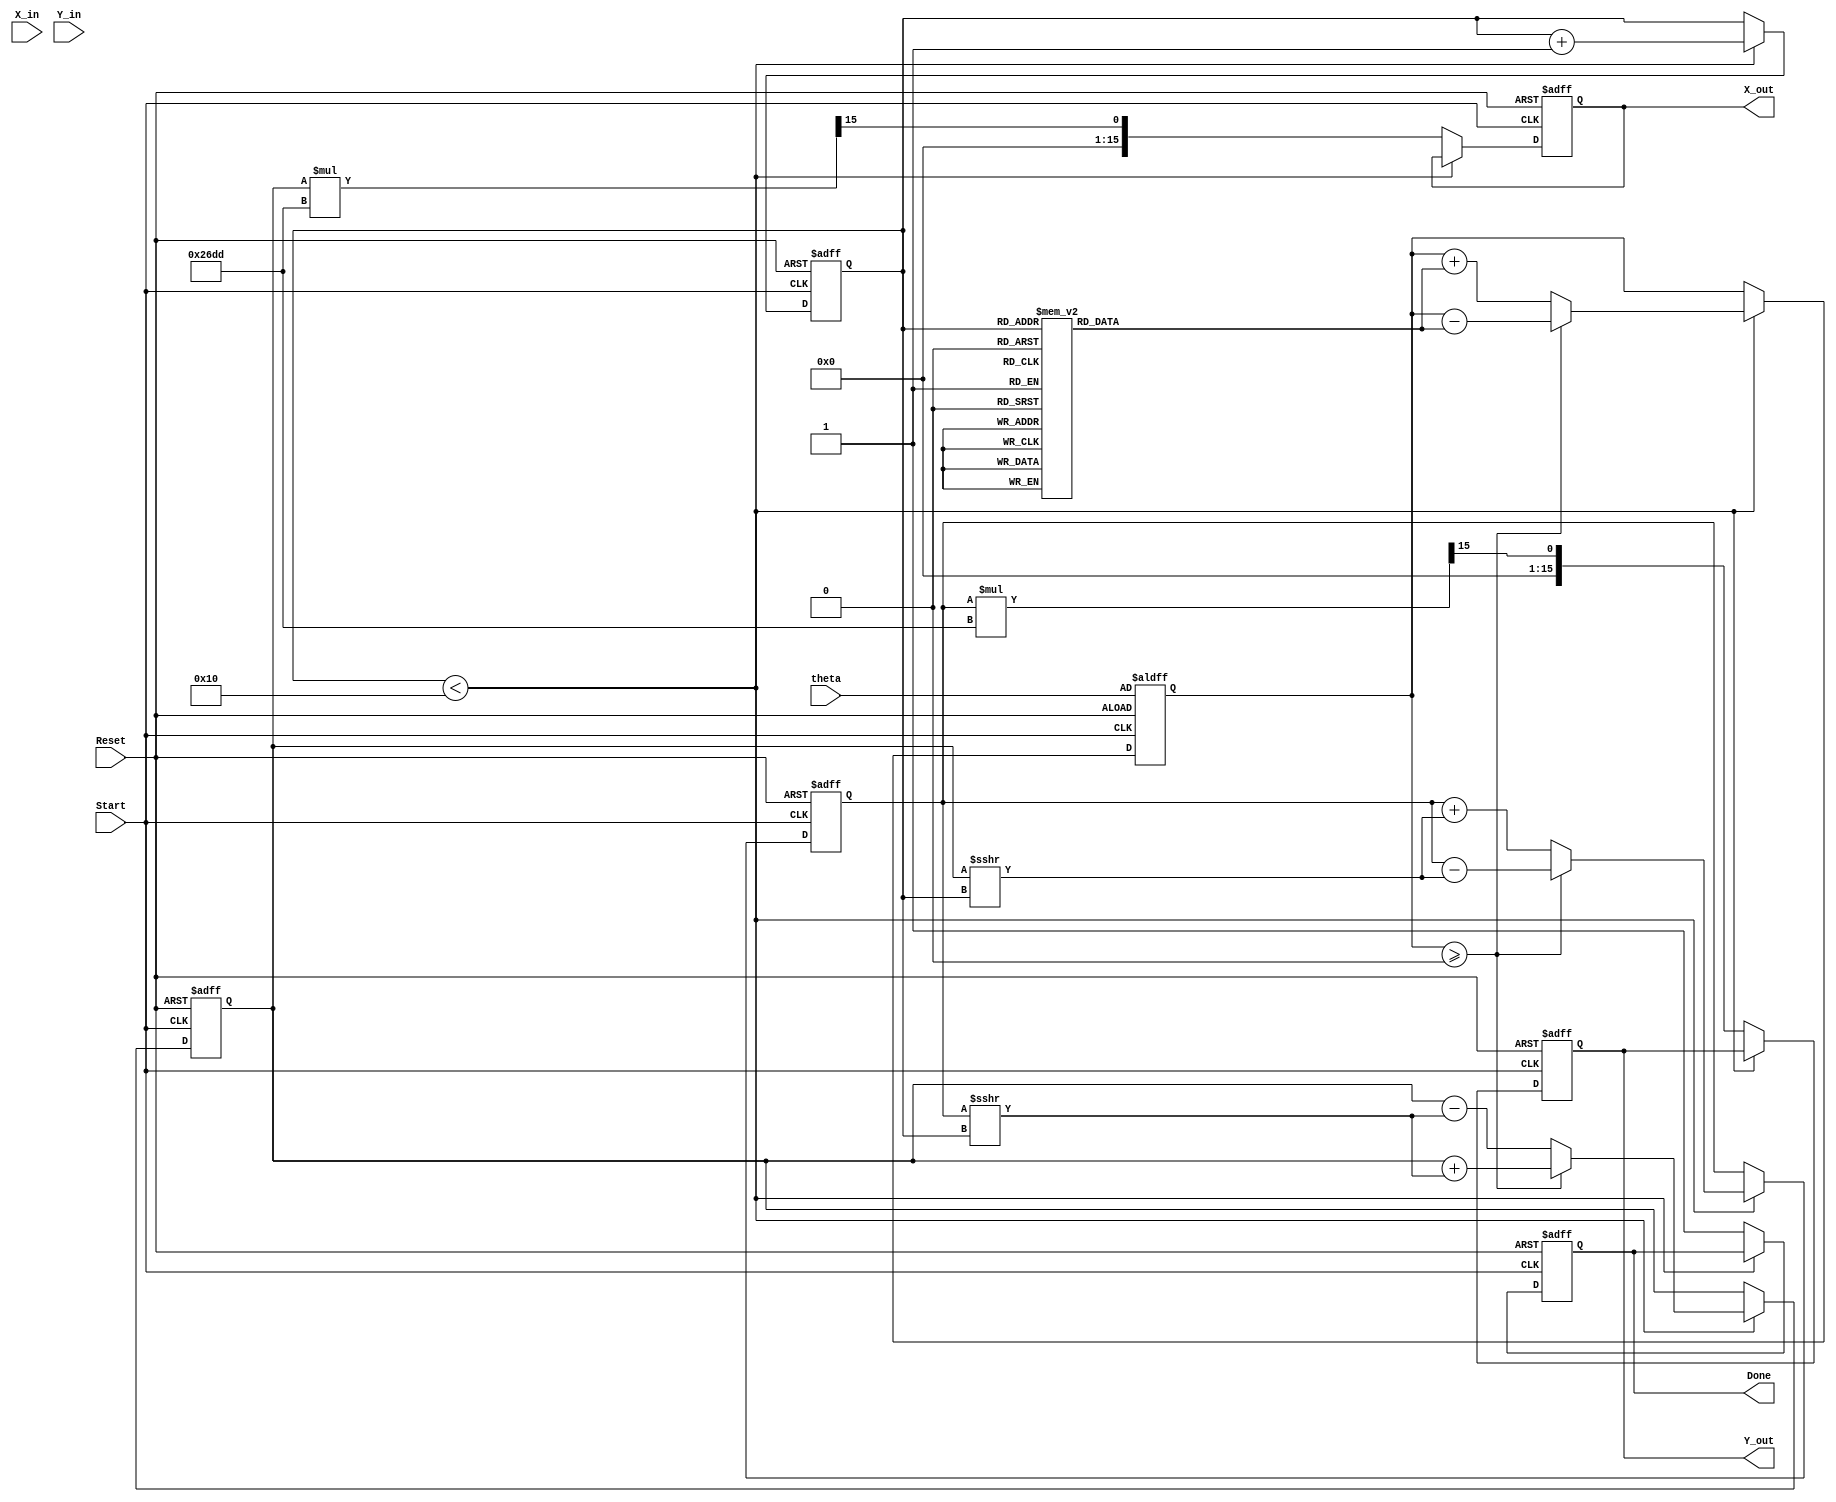
module cordic (
    input wire [15:0] theta,      // Input angle in radians (fixed-point)
    input wire signed [15:0] X_in, // Initial X-coordinate
    input wire signed [15:0] Y_in, // Initial Y-coordinate
    input wire Start,              // Control signal to start computation
    input wire Reset,              // Asynchronous reset
    output reg signed [15:0] X_out, // Final X-coordinate
    output reg signed [15:0] Y_out, // Final Y-coordinate
    output reg Done                // Signal indicating completion
);

    // Parameters
    parameter MAX_ITERATIONS = 16; // Number of iterations
    parameter ANGLE_WIDTH = 16;     // Width of angle representation
    parameter CORDIC_GAIN = 16'h26DD; // Gain factor for CORDIC

    // Internal Registers
    reg signed [15:0] X_reg;
    reg signed [15:0] Y_reg;
    reg [ANGLE_WIDTH-1:0] Z_reg;
    reg [3:0] iteration_count;
    reg [ANGLE_WIDTH-1:0] angle_table [0:MAX_ITERATIONS-1];

    // Initialize angle lookup table (arctan(1/2^i))
    initial begin
        angle_table[0] = 16'h0000; // atan(1) = 0
        angle_table[1] = 16'h3C90; // atan(1/2) = 45 degrees
        angle_table[2] = 16'h1D7A; // atan(1/4) = 26.565 degrees
        angle_table[3] = 16'h0D89; // atan(1/8) = 14.036 degrees
        angle_table[4] = 16'h05A8; // atan(1/16) = 3.576 degrees
        angle_table[5] = 16'h01D7; // atan(1/32) = 1.789 degrees
        angle_table[6] = 16'h007A; // atan(1/64) = 0.781 degrees
        angle_table[7] = 16'h001E; // atan(1/128) = 0.244 degrees
        angle_table[8] = 16'h0007; // atan(1/256) = 0.024 degrees
        angle_table[9] = 16'h0002; // atan(1/512) = 0.004 degrees
        angle_table[10] = 16'h0001; // atan(1/1024) = 0.001 degrees
        angle_table[11] = 16'h0000; // atan(1/2048) = 0 degrees
        angle_table[12] = 16'h0000; // atan(1/4096) = 0 degrees
        angle_table[13] = 16'h0000; // atan(1/8192) = 0 degrees
        angle_table[14] = 16'h0000; // atan(1/16384) = 0 degrees
        angle_table[15] = 16'h0000; // atan(1/32768) = 0 degrees
    end

    // State Machine
    always @(posedge Start or posedge Reset) begin
        if (Reset) begin
            X_reg <= 0;
            Y_reg <= 0;
            Z_reg <= theta;
            iteration_count <= 0;
            Done <= 0;
            X_out <= 0;
            Y_out <= 0;
        end else begin
            if (iteration_count < MAX_ITERATIONS) begin
                // CORDIC Iteration Logic
                if (Z_reg >= 0) begin
                    // Rotate clockwise
                    X_reg <= X_reg + (Y_reg >>> iteration_count);
                    Y_reg <= Y_reg - (X_reg >>> iteration_count);
                    Z_reg <= Z_reg - angle_table[iteration_count];
                end else begin
                    // Rotate counterclockwise
                    X_reg <= X_reg - (Y_reg >>> iteration_count);
                    Y_reg <= Y_reg + (X_reg >>> iteration_count);
                    Z_reg <= Z_reg + angle_table[iteration_count];
                end
                iteration_count <= iteration_count + 1;
            end else begin
                // Final output
                X_out <= X_reg * CORDIC_GAIN >>> 15; // Apply gain correction
                Y_out <= Y_reg * CORDIC_GAIN >>> 15; // Apply gain correction
                Done <= 1; // Indicate completion
            end
        end
    end

endmodule